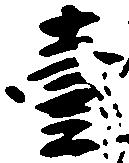
壱